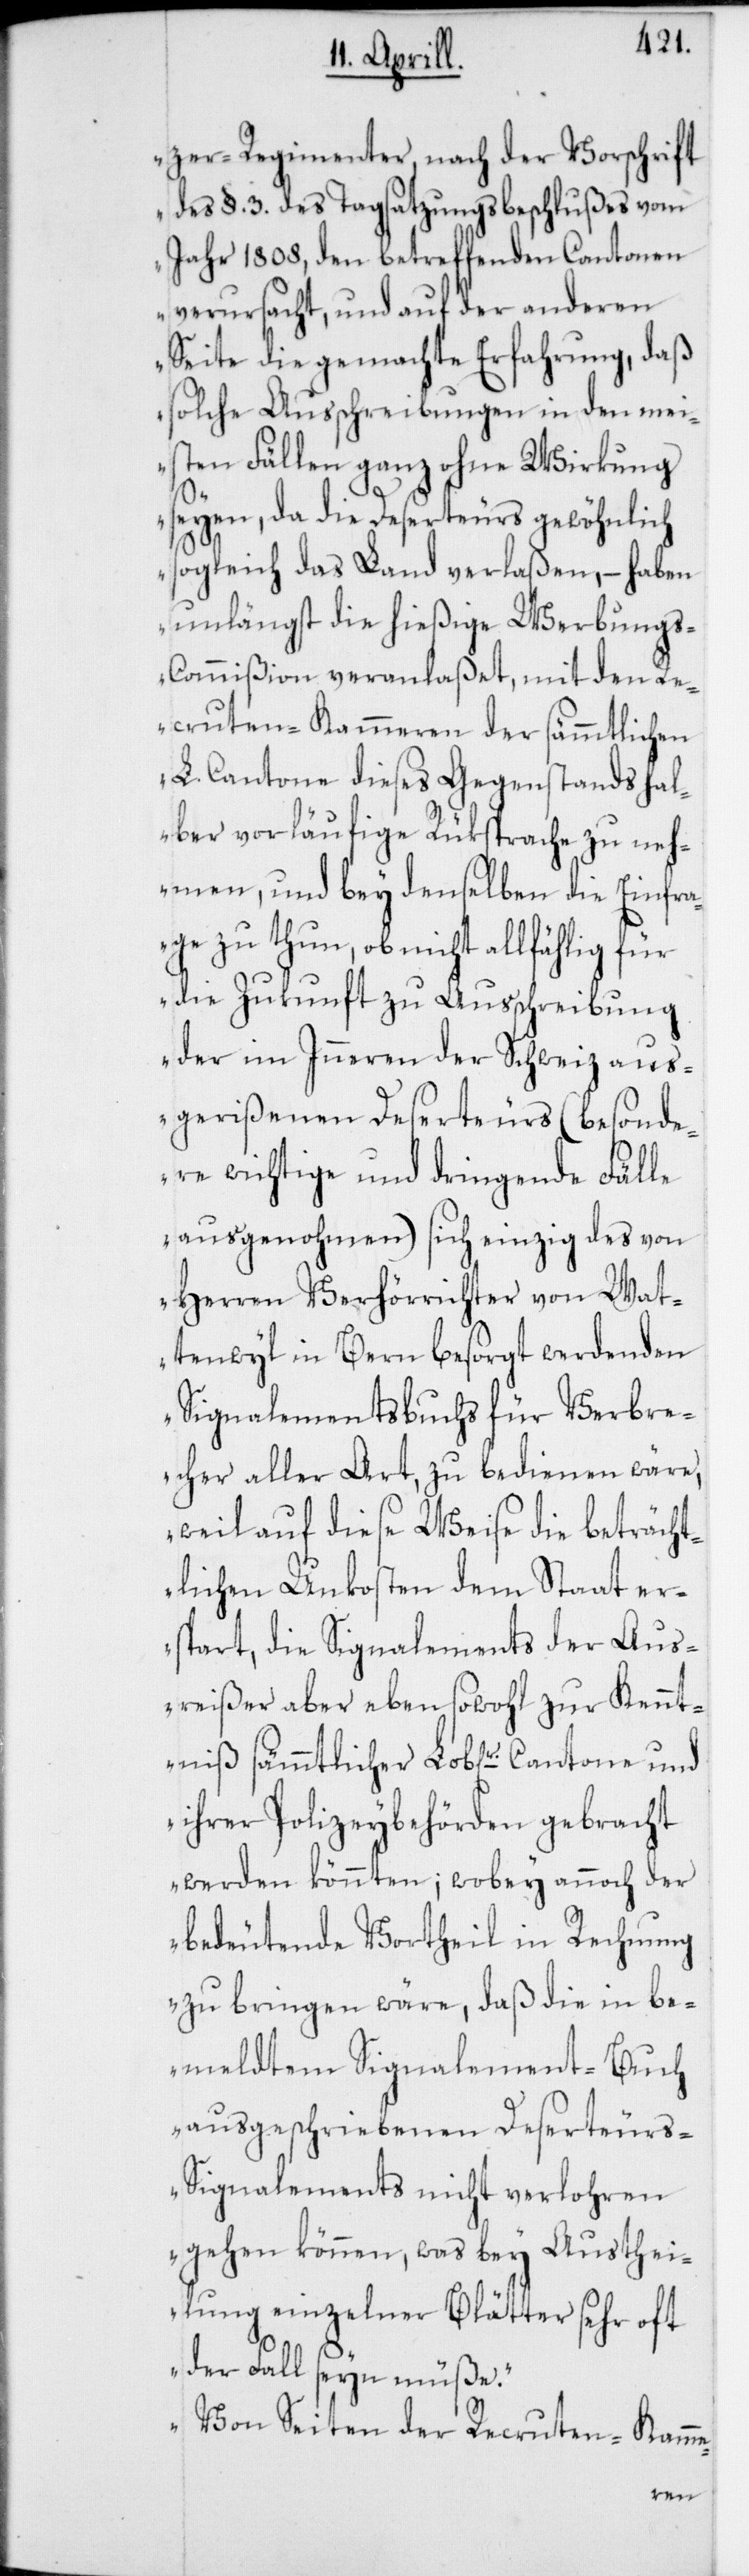
niß

zer-Regimenter, nach der Vorschrift
des §. 3. des Tagsatzungsbeschlußes vom
Jahr 1808, den betreffenden Cantonen
verursacht, und auf der anderen
Seite die gemachte Erfahrung, daß
solche Ausschreibungen in den mei¬
sten Fällen ganz ohne Wirkung
seyen, da die Deserteurs gewöhnlich
sogleich das Land verlaßen, – haben
unlängst die hießige Werbung¬
s-Commißion veranlaßet, mit den Re¬
cruten-Kammeren der sämmtlichen
L. Cantone dieses Gegenstands hal¬
ber vorläufige Rüksprache zu neh¬
men, und bey denselben die Einfra¬
ge zu thun, ob nicht allfählig für
die Zukunft zu Ausschreibung
der im Inneren der Schweiz aus¬
gerißenen Deserteurs (besonde¬
re wichtige und dringende Fälle
ausgenohmen) sich einzig des von
Herren Verhörrichter von Wat¬
tenwyl in Bern besorgt werdenden
Signalementsbuchs für Verbre¬
cher aller Art zu bedienen wäre,
weil auf diese Weise die beträcht¬
lichen Unkosten dem Staat er¬
spart, die Signalements der Aus¬
reißer aber eben sowohl zur Kennt¬
ihrer Polizeybehörde gebracht
werden könnten; wobey annoch der
bedeutende Vortheil in Rechnung
zu bringen wäre, daß die in be¬
meldtem Signalement-Buch
ausgeschriebenen Deserteurs-S¬
ignalements nicht verlohren
gehen können, was bey Austhei¬
lung einzelner Blätter sehr oft
der Fall seyn müße.
Von Seiten der Recruten-Kamme-